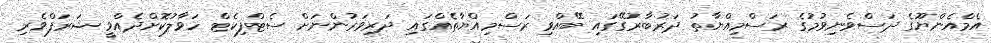
އެމްއެންޔޫގެ ދަސްވެނިވުމުގެ ރަސްމިއްޔާތު ދަރުބާރުގޭގައި ބޭއްވި ރަސްމިއްޔާތެއްގައި ދަރިވަރުންނަށް ސެޓްފިކެޓް ހަަވާލުކޮށްދެއްވީ ޝަރަފްވެރި